Senior Leaving Certificate Examination (including Day School Certificate (Higher) General paper), 1947
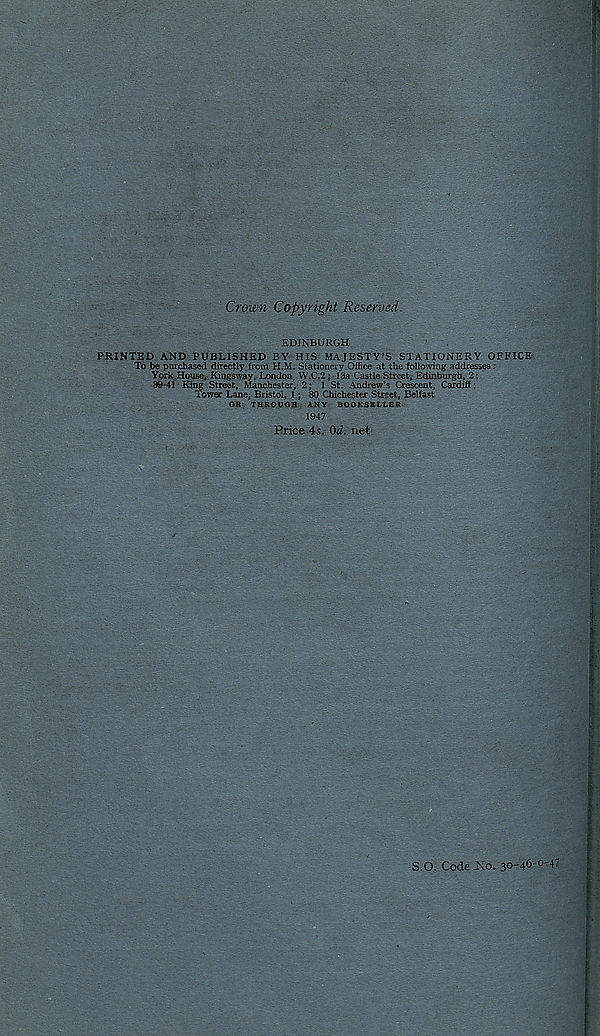
Crown Copyright Reserved.
EDINBURGH
PRINTED AND PUBLISHED BY HIS MAJESTY’S STATIONERY OFFICE
To be purchased directly from H.M. Stationery Office at the following addresses:
York House, Kingsway, London, W.C.2 ; 13a Castle Street, Edinburgh, 2;
39-41 King Street, Manchester, 2; 1 St. Andrew’s Crescent, Cardiff;
Tower Lane, Bristol, 1; 80 Chichester Street, Belfast
OR THROUGH ANY BOOKSELLER
1947
Price 4s. Od. net
-
S.O. Code No. 30-46-0-4